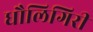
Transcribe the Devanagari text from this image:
धौलिगिरी